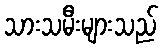
သားသမီးများသည်